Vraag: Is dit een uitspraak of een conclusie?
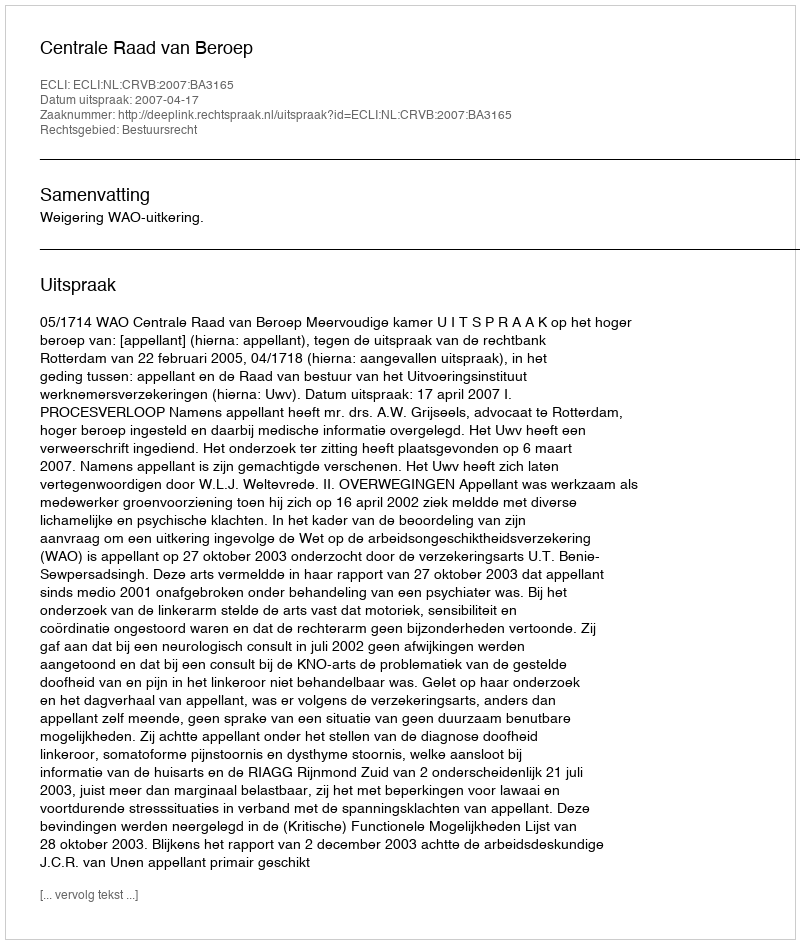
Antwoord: Uitspraak